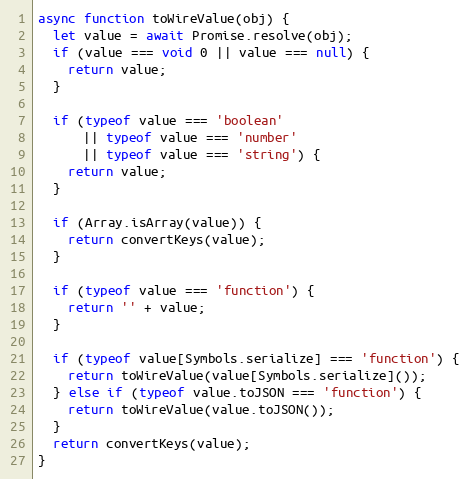
Language: JavaScript
async function toWireValue(obj) {
  let value = await Promise.resolve(obj);
  if (value === void 0 || value === null) {
    return value;
  }

  if (typeof value === 'boolean'
      || typeof value === 'number'
      || typeof value === 'string') {
    return value;
  }

  if (Array.isArray(value)) {
    return convertKeys(value);
  }

  if (typeof value === 'function') {
    return '' + value;
  }

  if (typeof value[Symbols.serialize] === 'function') {
    return toWireValue(value[Symbols.serialize]());
  } else if (typeof value.toJSON === 'function') {
    return toWireValue(value.toJSON());
  }
  return convertKeys(value);
}